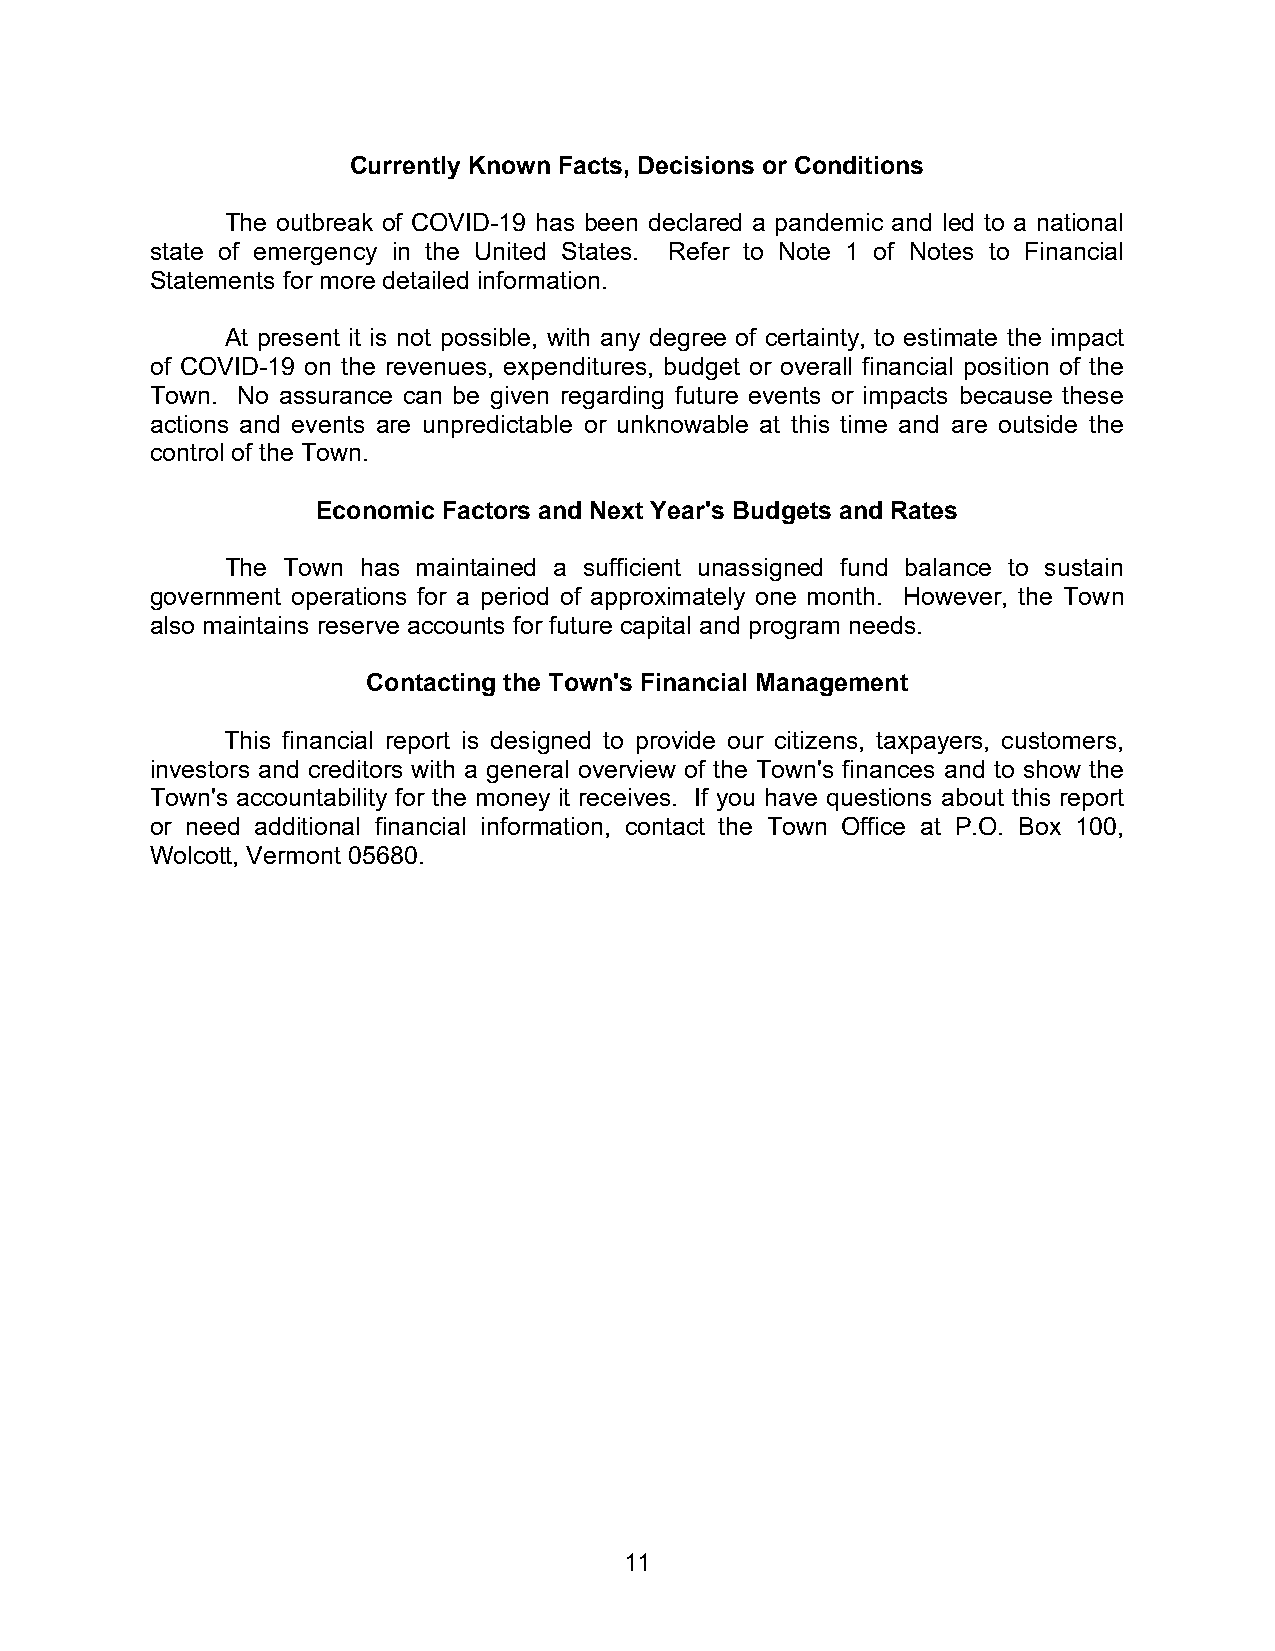
Currently Known Facts, Decisions or Conditions
 The outbreak of COVID-19 has been declared a pandemic and led to a national
 state of emergency in the United States. Refer to Note 1 of Notes to Financial
 Statements for more detailed information.
 At present it is not possible, with any degree of certainty, to estimate the impact
 of COVID-19 on the revenues, expenditures, budget or overall financial position of the
 Town. No assurance can be given regarding future events or impacts because these
 actions and events are unpredictable or unknowable at this time and are outside the
 control of the Town.
 Economic Factors and Next Year's Budgets and Rates
 The Town has maintained a sufficient unassigned fund balance to sustain
 government operations for a period of approximately one month. However, the Town
 also maintains reserve accounts for future capital and program needs.
 Contacting the Town's Financial Management
 This financial report is designed to provide our citizens, taxpayers, customers,
 investors and creditors with a general overview of the Town's finances and to show the
 Town's accountability for the money it receives. If you have questions about this report
 or need additional financial information, contact the Town Office at P.O. Box 100,
 Wolcott, Vermont 05680.
 11